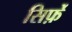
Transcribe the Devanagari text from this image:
सिर्फ़े